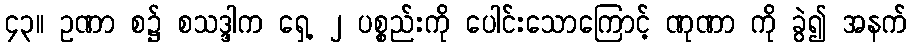
၄၃။ ဥဏာ စ၌ စသဒ္ဒါက ရှေ့ ၂ ပစ္စည်းကို ပေါင်းသောကြောင့် ဏုဏာ ကို ခွဲ၍ အနက်